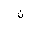
Letter: _non